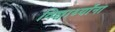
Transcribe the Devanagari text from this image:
विद्द्यार्थ्यांना